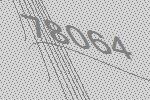
78064